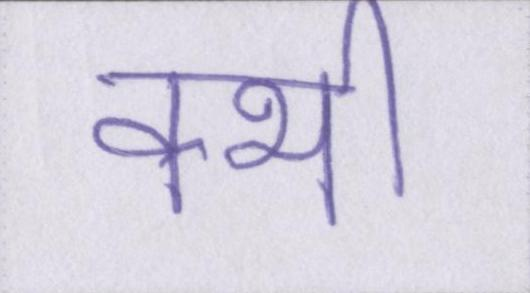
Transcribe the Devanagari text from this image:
क्भी